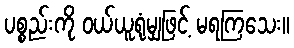
ပစ္စည်းကို ဝယ်ယူရုံမျှဖြင့် မရကြသေး။